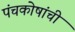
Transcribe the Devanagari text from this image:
पंचकोषांची